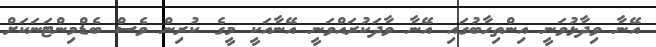
އޭނާ ވިދާޅުވަނީ އިންތިހާބުގައި އޭނާ ވާދަކުރައްވަނީ އޭނާއަކީ މީގެ ކުރިން ވެސް ބެޑްމިންޓަނަކަށް